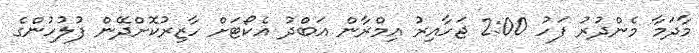
މާދަމާ މެންދުރު ފަހު 2:00 ޖަހާއިރު އިމްރާން އަބްދު އެކޯޓަށް ހާޒިރުކޮށްދޭން ފުލުހުންގެ